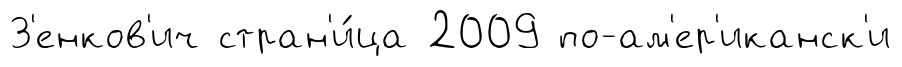
З'енков'ич стран'и́ца 2009 по-ам'ер'иканск'и